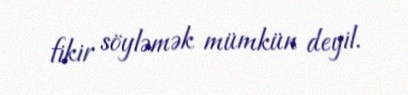
fikir söyləmək mümkün deyil.